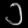
Digit: ၁